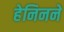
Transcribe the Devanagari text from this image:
हेनिनने